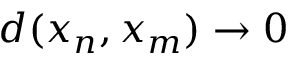
d ( x _ { n } , x _ { m } ) \to 0